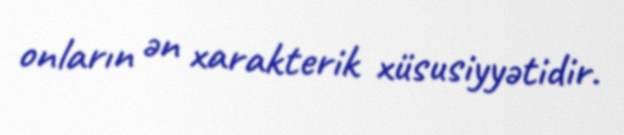
onların ən xarakterik xüsusiyyətidir.